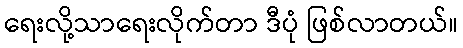
ရေးလို့သာရေးလိုက်တာ ဒီပုံ ဖြစ်လာတယ်။